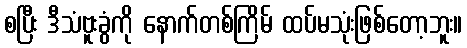
စပြီး ဒီသံဗူးခွံကို နောက်တစ်ကြိမ် ထပ်မသုံးဖြစ်တော့ဘူး။